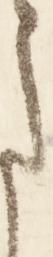
さ